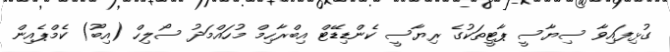
ގުޅިފައިވާ ސިޔާސީ ޕާޓީތަކުގެ ރިޔާސީ ކެންޑިޑޭޓް އިބްރާހިމް މުހައްމަަދު ސޯލިހް (އިބޫ) ކެމްޕެއިން